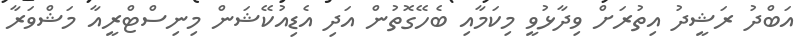
އަބްދު ރަޝީދު އިތުރަށް ވިދާޅުވީ މިކަމާއި ބެހޭގޮތުން އަދި އެޑިއުކޭޝަން މިނިސްޓްރީއާ މަޝްވަރާ